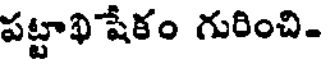
పట్టాఖి షేకం గురించి-